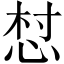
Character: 𢚳